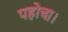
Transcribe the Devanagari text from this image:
पहोचा।